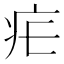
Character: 疟